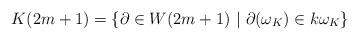
LaTeX: \begin{align*}K(2m+1)=\{ \partial\in W(2m+1)\ \vert \ \partial(\omega_K)\in k\omega_K\}\end{align*}